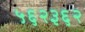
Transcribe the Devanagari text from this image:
५६२३६२